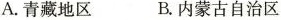
A.青藏地区 B.内蒙古自治区